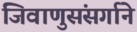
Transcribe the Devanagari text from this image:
जिवाणुसंसर्गाने